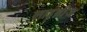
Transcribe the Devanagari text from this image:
लाइब्नीज